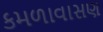
કમળાવાસણ